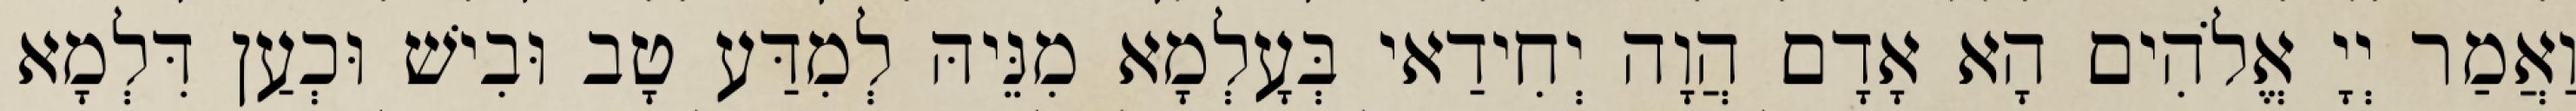
וַאֲמַר יְיָ אֱלֹהִים הָא אָדָם הֲוָה יְחִידַאי בְּעָלְמָא מִנֵּיהּ לְמִדַּע טָב וּבִישׁ וּכְעַן דִּלְמָא